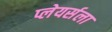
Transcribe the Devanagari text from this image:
प्लेयर्सला